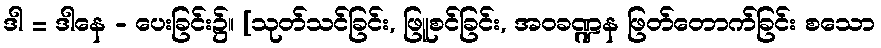
ဒါ = ဒါနေ - ပေးခြင်း၌။ [သုတ်သင်ခြင်း, ဖြူစင်ခြင်း, အဝခဏ္ဍန ဖြတ်တောက်ခြင်း စသော